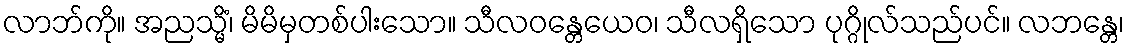
လာဘ်ကို။ အညသ္မိံ၊ မိမိမှတစ်ပါးသော။ သီလဝန္တေယေဝ၊ သီလရှိသော ပုဂ္ဂိုလ်သည်ပင်။ လဘန္တေ၊